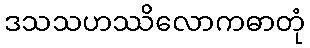
ဒသသဟဿိလောကဓာတုံ